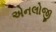
એનલોજી